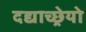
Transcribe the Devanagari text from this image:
दद्याच्छ्रेयो